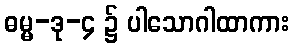
ဓမ္မ-ဒု-၄ ၌ ပါသောဂါထာကား